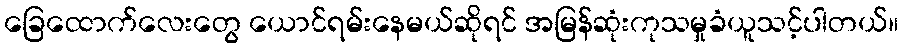
ခြေထောက်လေးတွေ ယောင်ရမ်းနေမယ်ဆိုရင် အမြန်ဆုံးကုသမှုခံယူသင့်ပါတယ်။